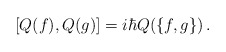
\begin{align*}[Q(f),Q(g)]=i\hbar Q(\{f,g\})\,.\end{align*}